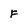
Character: F